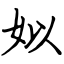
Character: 姒